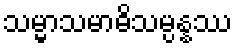
သမ္မာသမာဓိသမ္ပန္နဿ